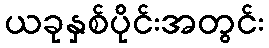
ယခုနှစ်ပိုင်းအတွင်း